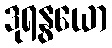
ဒုရနွယော